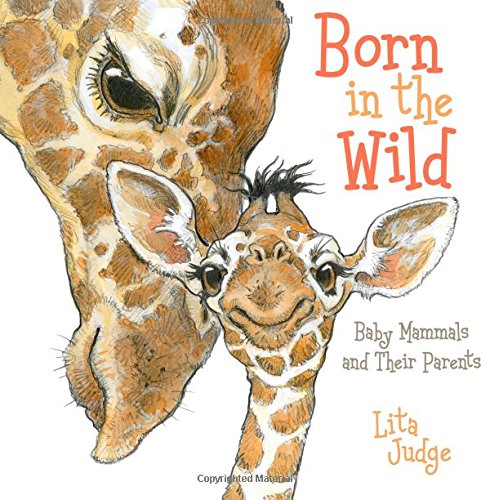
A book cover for Born in the Wild: Baby Mammals and Their Parents; Lita Judge; Children's Books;